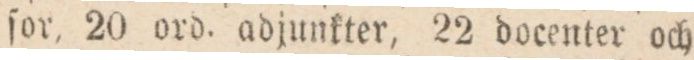
ſor, 20 ord. adjunkter, 22 docenter och